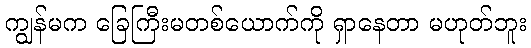
ကျွန်မက ခြေကြီးမတစ်ယောက်ကို ရှာနေတာ မဟုတ်ဘူး